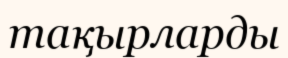
тақырларды